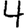
Digit: 4